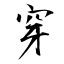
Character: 穿